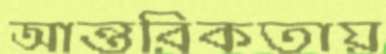
আন্তরিকতায়